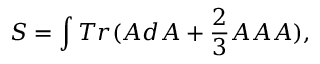
S = \int T r ( { \cal A } d { \cal A } + \frac { 2 } { 3 } { \cal A } { \cal A } { \cal A } ) ,